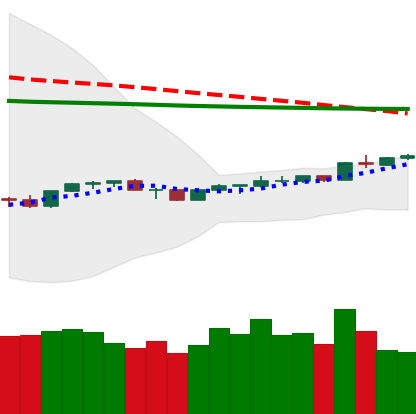
Ticker: NEO-USD
Chart end date: 2020-04-09
Forward return: -10.16%
Label: down_7plus